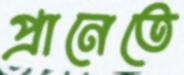
প্রানেতে